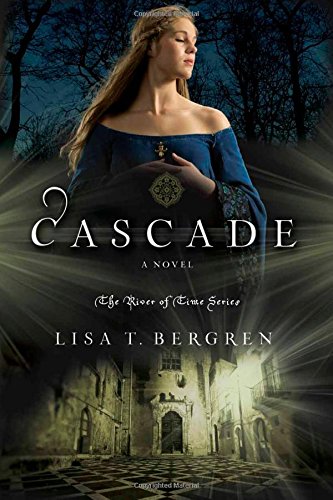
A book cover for Cascade: A Novel (River of Time Series); Lisa T. Bergren; Teen & Young Adult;